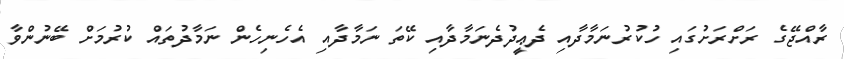
ރާއްޖޭގެ ރަށްރަށުގައި ހުކުރުނަމާދާއި ދެޢީދުދެނަމާދާއި ކޭތަ ނަމާދާއި އެހެނިހެން ނަމާދުތައް ކުރުމަށް ބޭނުންވާ